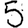
Digit: 5